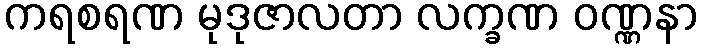
ကရစရဏ မုဒုဇာလတာ လက္ခဏ ဝဏ္ဏနာ